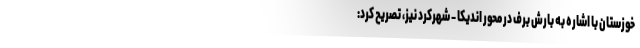
خوزستان با اشاره به بارش برف در محور اندیکا - شهرکرد نیز، تصریح کرد: